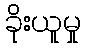
ခိုးယူမှု